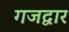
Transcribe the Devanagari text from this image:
गजद्वार